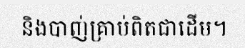
និងបាញ់គ្រាប់ពិតជាដើម។